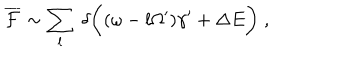
\overline { { { \cal F } } } \sim \sum _ { l } \; \delta \biggl ( ( \omega - l \Omega ^ { \prime } ) \gamma ^ { \prime } + \Delta E \biggr ) \; ,